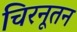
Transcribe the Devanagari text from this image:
चिरनूतन